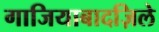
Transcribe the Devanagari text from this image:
गाजियाबादज़िले